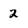
Character: 2